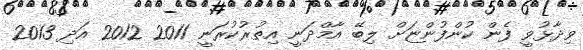
ވިދާޅުވީ ފެން ކުންފުންޏަށް ލިބޭ އާމްދަނީ އިތުރުކުރަނީ 2011 2012 އަދި 2013